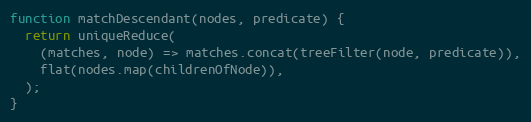
Language: JavaScript
function matchDescendant(nodes, predicate) {
  return uniqueReduce(
    (matches, node) => matches.concat(treeFilter(node, predicate)),
    flat(nodes.map(childrenOfNode)),
  );
}